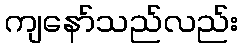
ကျနော်သည်လည်း